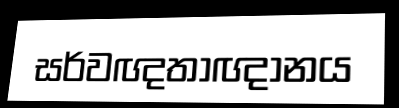
සර්වඥතාඥානය